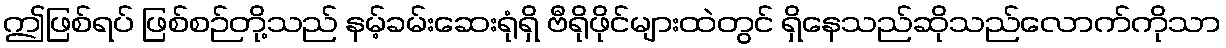
ဤဖြစ်ရပ် ဖြစ်စဉ်တို့သည် နမ့်ခမ်းဆေးရုံရှိ ဗီရိုဖိုင်များထဲတွင် ရှိနေသည်ဆိုသည်လောက်ကိုသာ